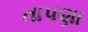
તાપણા